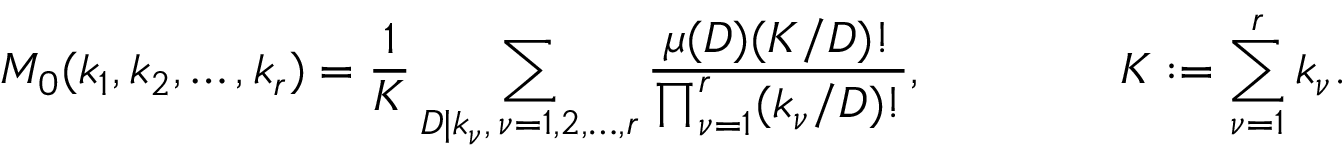
M _ { 0 } ( k _ { 1 } , k _ { 2 } , \dots , k _ { r } ) = \frac 1 { K } \sum _ { D | k _ { \nu } , \, \nu = 1 , 2 , \dots , r } \frac { \mu ( D ) ( K / D ) ! } { \prod _ { \nu = 1 } ^ { r } ( k _ { \nu } / D ) ! } , \qquad \qquad K : = \sum _ { \nu = 1 } ^ { r } k _ { \nu } .